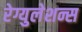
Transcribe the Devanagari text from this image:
रेग्युलेशन्स